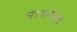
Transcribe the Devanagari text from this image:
मध्यमांमधे